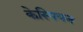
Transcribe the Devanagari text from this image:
केस्पियन